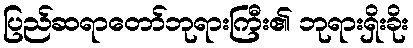
ပြည်ဆရာတော်ဘုရားကြီး၏ ဘုရားရှိးခိုး